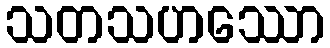
သတသဟဿော